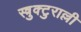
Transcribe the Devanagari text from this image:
स्त्रुक्टुराल्ली